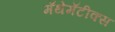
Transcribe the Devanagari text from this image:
मॅथेमॅटीक्स